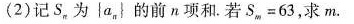
（2）记S_{n}为{a_{n} }的前n项和.若S_{m}=63,求m.